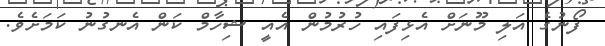
ފޯނުގެ އަލި މޫނަށް އެޅިފައި ހުރުމުން އެއީ ޝިހާމް ކަން އެނގުނު ކަމަށެވެ.